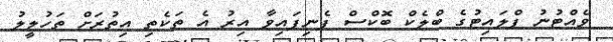
ވެއްޓުނު ފްލައިޓުގެ ބްލެކް ބޮކްސް ފެނިފައިވާ އިރު އެ ތަކެތި އިތުރަށް ތަހުލީލު